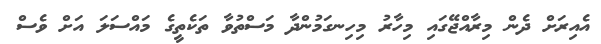
އެއިރަށް ދެން މިރާއްޖޭގައި މިހާރު މިހިނގަމުންދާ މަސްތުވާ ތަކެތީގެ މައްސަލަ އަށް ވެސް